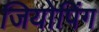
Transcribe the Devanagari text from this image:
जियोपिंग